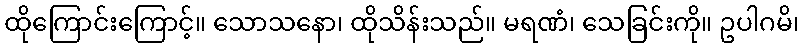
ထိုကြောင်းကြောင့်။ သောသနော၊ ထိုသိန်းသည်။ မရဏံ၊ သေခြင်းကို။ ဥပါဂမိ၊